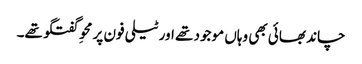
چاند بھائی بھی وہاں موجود تھے اور ٹیلی فون پر محوِ گفتگو تھے۔